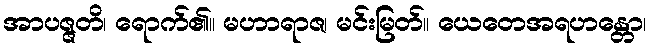
အာပဇ္ဇတိ၊ ရောက်၏။ မဟာရာဇ၊ မင်းမြတ်။ ယေတေအရဟန္တော၊